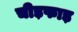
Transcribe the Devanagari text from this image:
चीड़फाड़